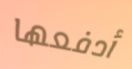
أدفعها